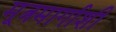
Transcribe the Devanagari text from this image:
मूत्रमार्गाशी